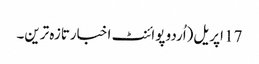
17 اپریل(اُردو پوائنٹ اخبارتازہ ترین۔